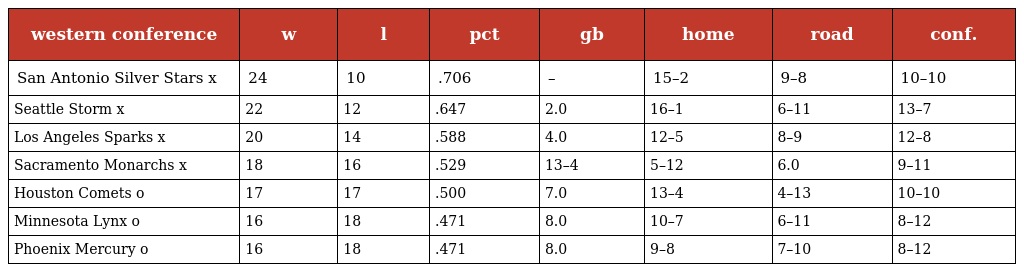
| western conference | w | l | pct | gb | home | road | conf. |
 | --- | --- | --- | --- | --- | --- | --- | --- |
 | San Antonio Silver Stars x | 24 | 10 | .706 | – | 15–2 | 9–8 | 10–10 |
 | Seattle Storm x | 22 | 12 | .647 | 2.0 | 16–1 | 6–11 | 13–7 |
 | Los Angeles Sparks x | 20 | 14 | .588 | 4.0 | 12–5 | 8–9 | 12–8 |
 | Sacramento Monarchs x | 18 | 16 | .529 | 13–4 | 5–12 | 6.0 | 9–11 |
 | Houston Comets o | 17 | 17 | .500 | 7.0 | 13–4 | 4–13 | 10–10 |
 | Minnesota Lynx o | 16 | 18 | .471 | 8.0 | 10–7 | 6–11 | 8–12 |
 | Phoenix Mercury o | 16 | 18 | .471 | 8.0 | 9–8 | 7–10 | 8–12 |